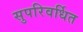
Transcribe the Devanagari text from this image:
सुपरिवर्धित